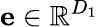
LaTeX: \mathbf{e}\in\mathbb{R}^{D_{1}}